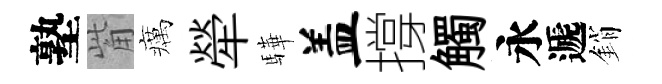
塾觜癘犖驊盖撐觸永遞銷